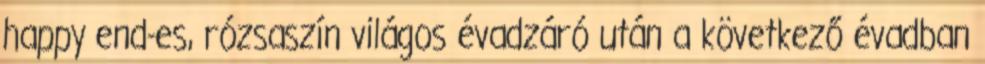
happy end-es, rózsaszín világos évadzáró után a következő évadban